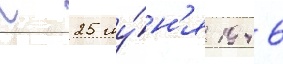
С 25 иу́н'я 1946